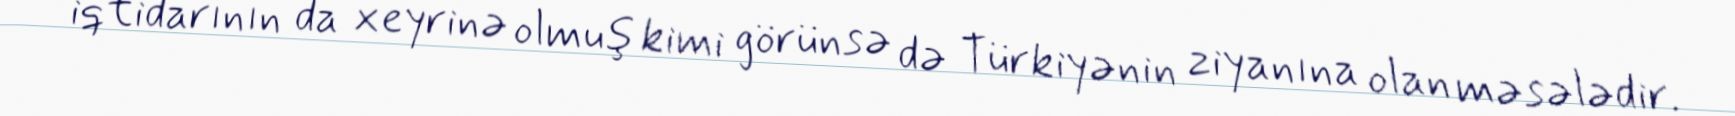
iqtidarının da xeyrinə olmuş kimi görünsə də Türkiyənin ziyanına olan məsələdir.